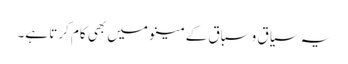
یہ سیاق و سباق کے مینو میں بھی کام کرتا ہے۔